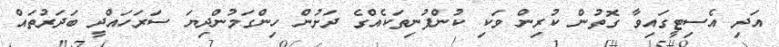
އަދި އެސިޓީގައިވާ ގޮތުން ކުރިން ވަކި ކުންފުނިތަކެއްގެ ދަށުން ހިންގަމުންދިޔަ ސަރަހައްދީ ބަދަރުތައް